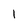
Character: 1